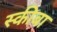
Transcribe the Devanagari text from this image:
स्कीबा